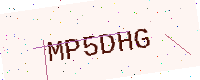
Text: MP5DHG